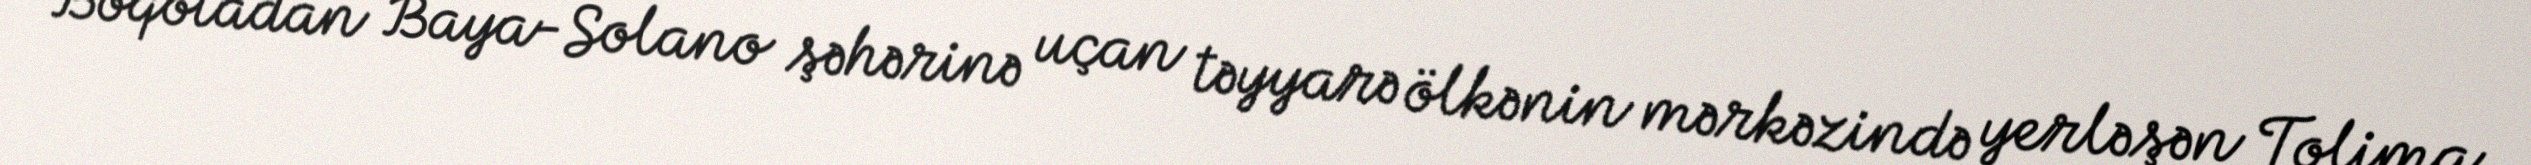
Boqotadan Baya-Solano şəhərinə uçan təyyarə ölkənin mərkəzində yerləşən Tolima